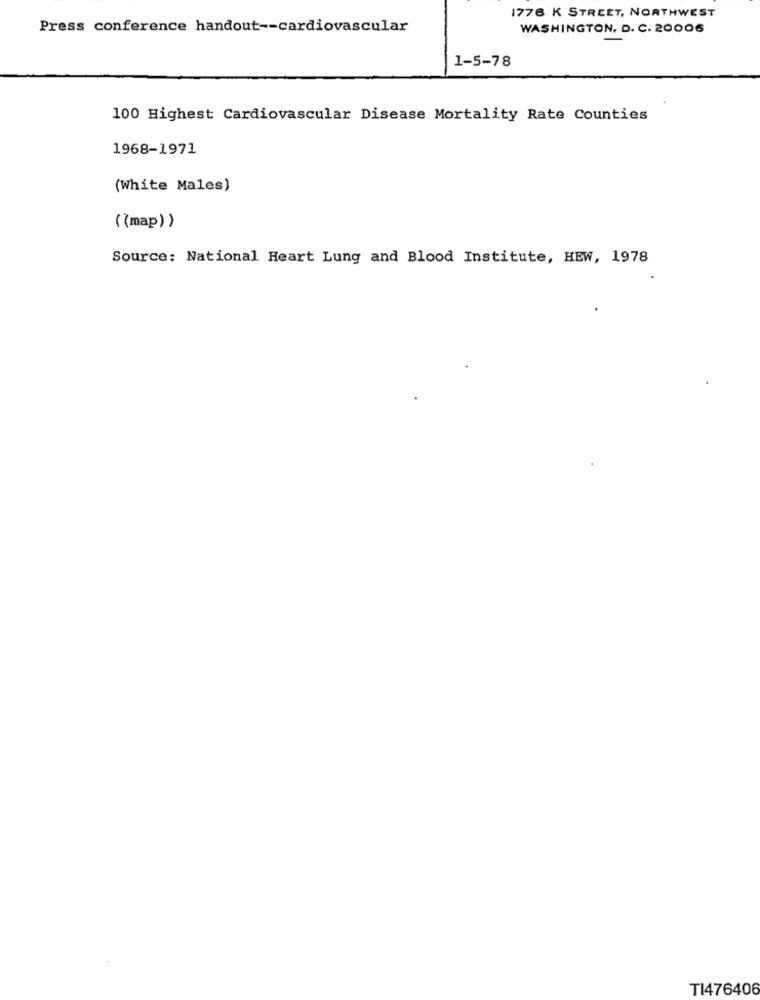
1776 K STREET, NORTHWEST
Press conference handout -- cardiovascular
WASHINGTON, D. C. 20006
1-5-78
100 Highest Cardiovascular Disease Mortality Rate Counties
1968-1971
(White Males)
((map) )
Source: National Heart Lung and Blood Institute, HEW, 1978
TI476406